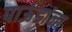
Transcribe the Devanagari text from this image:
पाऊंडांना